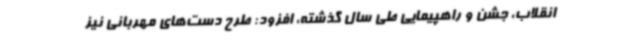
انقلاب، جشن و راهپیمایی طی سال گذشته، افزود: طرح دست‌های مهربانی نیز